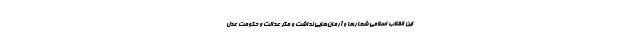
این انقلاب اسلامی شعارها و آرمان‌هایی نداشت و مگر عدالت و حکومت عدل